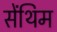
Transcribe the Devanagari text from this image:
सेंथिम